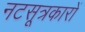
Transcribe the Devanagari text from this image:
नटसूत्रकारों